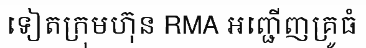
ទៀតក្រុមហ៊ុន RMA អញ្ជើញគ្រូធំ